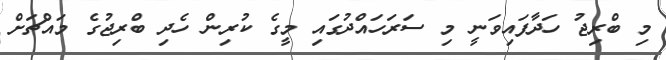
މި ބްރިޖު ހަދާފައިވަނީ މި ސަރަހައްދުގައި މީގެ ކުރިން ހެދި ބްރިޖުގެ މައްޗަށް